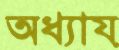
অধ্যায়